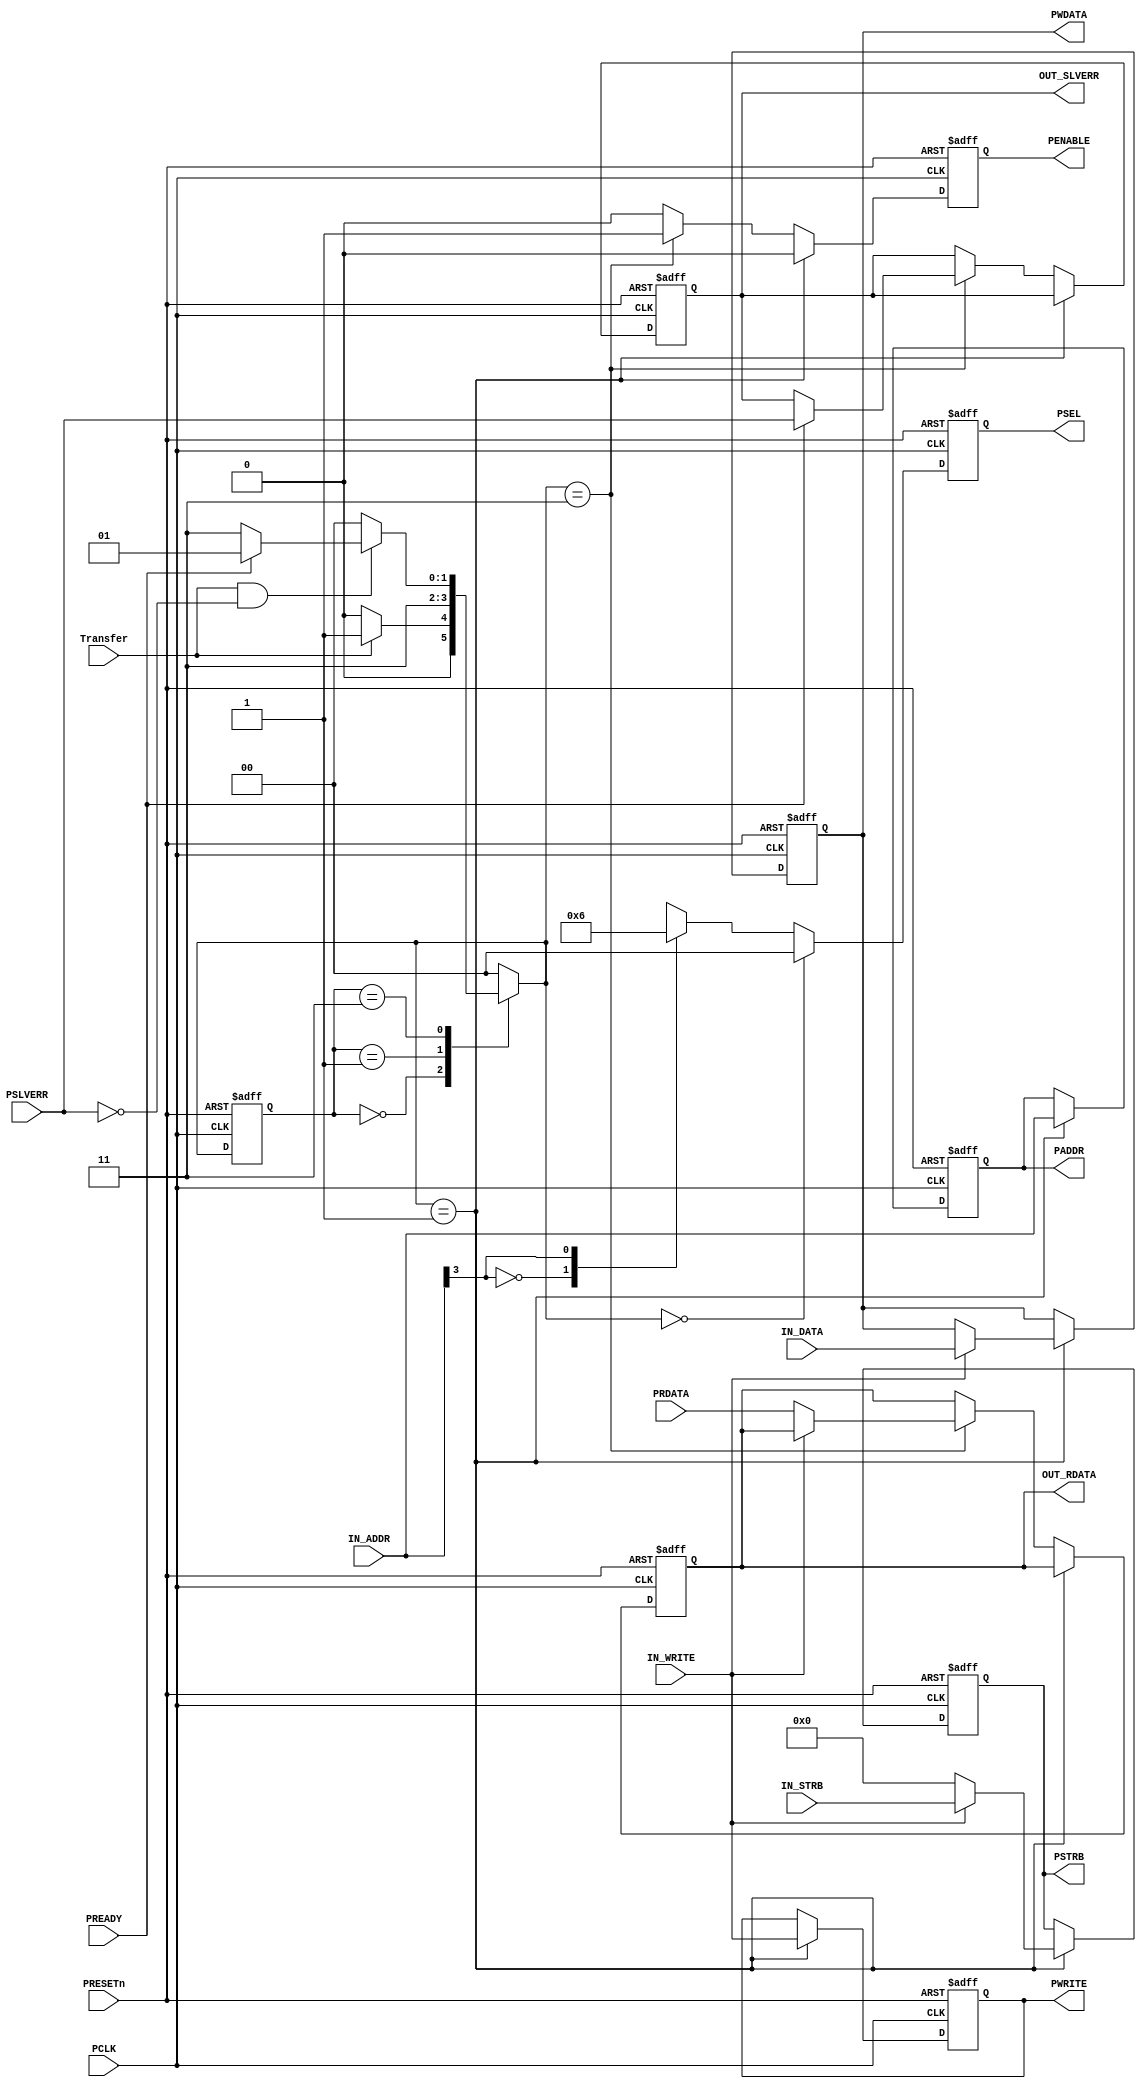
//=========================================================================================================================================================
// Ahmed Adel Hassan , ID: 1900311
// Ahmed Abd Elmotelb Ali, ID:1901401
//=========================================================================================================================================================
module APB_BUS #(parameter 
    DATA_WIDTH = 'd32,
    ADDRESS_WIDTH = 'd4,// using two Slaves (UARTS, GPIO)
    STRB_WIDTH = 'd4,
    SLAVES_NUM = 'd2) 
    (
input  wire  [DATA_WIDTH-1:0]    PRDATA     ,
input  wire                      IN_WRITE   ,
input  wire  [STRB_WIDTH-1:0]    IN_STRB    ,
input  wire                      Transfer   ,
input  wire                      PREADY     ,
input  wire                      PSLVERR    , //An error signal, PSLVERR, to indicate the failure of a transfer
input  wire                      PCLK       ,
input  wire                      PRESETn    ,
input  wire  [ADDRESS_WIDTH-1:0] IN_ADDR    ,
input  wire  [DATA_WIDTH-1:0]    IN_DATA    ,

output reg   [DATA_WIDTH-1:0]    PWDATA     ,
output reg                       PWRITE     ,
output reg                       PENABLE    ,
output reg   [STRB_WIDTH-1:0]    PSTRB      ,//Each 8 bits have 1 PSTRB bit, It indicates which byte to be updated during a write 
output reg                       OUT_SLVERR ,
output reg   [DATA_WIDTH-1:0]    OUT_RDATA  ,
output reg   [ADDRESS_WIDTH-1:0] PADDR      ,
output reg     [SLAVES_NUM-1:0]  PSEL
  ); 




// ===============================(implementation of APB finite state machine(FSM) )===============================================================================
// Control Signals ==========================================================================================================

  reg  [1:0]  current_state , 
              next_state    ;

 
// States Encoded in Gray Encoding =======================================================================================

  localparam   [1:0]   IDLE     = 2'b00 ,
                       SETUP    = 2'b01 ,
                       ACCESS   = 2'b11 ;
  
// State Transition ======================================================================================================

  always @(posedge PCLK or negedge PRESETn)
    begin
      if(!PRESETn)
        begin
          current_state <= IDLE;          
        end
      else
        begin
          current_state <= next_state; 
        end 
    end


// Next State Logic ======================================================================================================== 

  always@(*)
    begin
      case(current_state)            
            IDLE:   begin 
                      if(!Transfer)
                        begin
                          next_state = IDLE ;
                        end
                      else
                        begin
                          next_state = SETUP ; 
                        end
                    end
            SETUP:  begin
                      next_state = ACCESS ;
                    end
            ACCESS: begin
                      if(Transfer & !PSLVERR)
                        begin
                          if(PREADY)
                            begin
                              next_state = SETUP ;
                            end
                          else
                            begin
                              next_state = ACCESS ;
                            end
                        end
                      else 
                        begin
                         next_state = IDLE ;
                        end
                    end
            default: next_state = IDLE ; 
      endcase
    end

//========================================(selection of slave)================================================================================================================
// Address Decoding ================================================================================================

  always @(posedge PCLK, negedge PRESETn) 
    begin
      if (!PRESETn)
        begin
     	    PSEL = 'b0 ;
        end
      else if (next_state == IDLE)
        begin
          PSEL = 'b0 ;
        end
      else
        begin
     	    case(IN_ADDR[3]) //choose which slave will take the bus
            1'b0: begin 
                      PSEL = 'b0000_0001 ;
                    end
            1'b1: begin 
                      PSEL = 'b0000_0010 ;
                    end
            default:begin 
                      PSEL = 'b0000_0000 ;
                    end
          endcase
        end
    end  

    
 // OUTPUT LOGIC========================================================================================================                                               

 always @(posedge PCLK, negedge PRESETn)
   begin
     if(!PRESETn) 
       begin
         PENABLE    <= 1'b0 ;
         PADDR      <= 8'b0 ;//8 bit for address
         PWDATA     <=  'b0 ;
         PWRITE     <= 1'b0 ;
         OUT_RDATA  <=  'b0 ;
         PSTRB      <=  'b0 ;
         OUT_SLVERR <= 1'b0 ;
       end
     else if(next_state == SETUP)
       begin
         PENABLE   <= 1'b0     ;
         PADDR     <= IN_ADDR  ;
         PWRITE    <= IN_WRITE ;
         if(IN_WRITE)
           begin
             PWDATA <= IN_DATA ;
             PSTRB  <= IN_STRB ;
           end
         else 
           begin
             PSTRB <= 'b0 ;
           end 
       end
     else if(next_state == ACCESS)
       begin
         PENABLE <= 1'b1;
         if(PREADY)
           OUT_SLVERR <= PSLVERR ;
           begin
             if(!IN_WRITE)
               begin
                 OUT_RDATA <= PRDATA ;
               end
           end
       end 
      else
        begin
          PENABLE <= 1'b0;
        end 

   end 

 endmodule